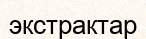
экстрактар